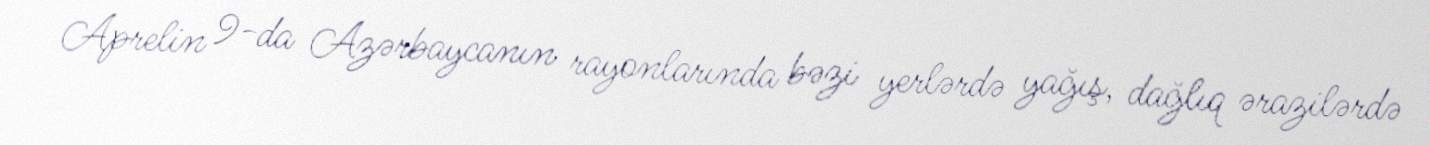
Aprelin 9-da Azərbaycanın rayonlarında bəzi yerlərdə yağış, dağlıq ərazilərdə